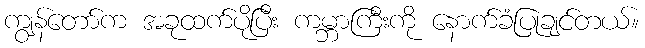
ကျွန်တော်က အခုထက်ပိုပြီး ကမ္ဘာကြီးကို နောက်ခံပြုချင်တယ်။